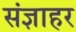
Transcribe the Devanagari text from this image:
संज्ञाहर